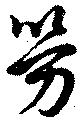
労